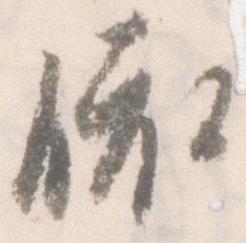
依